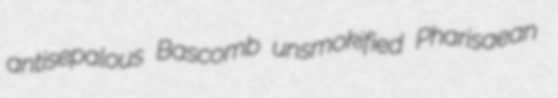
antisepalous Bascomb unsmokified Pharisaean